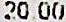
20.00